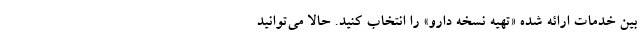
بین خدمات ارائه شده «تهیه نسخه دارو» را انتخاب کنید. حالا می‌توانید